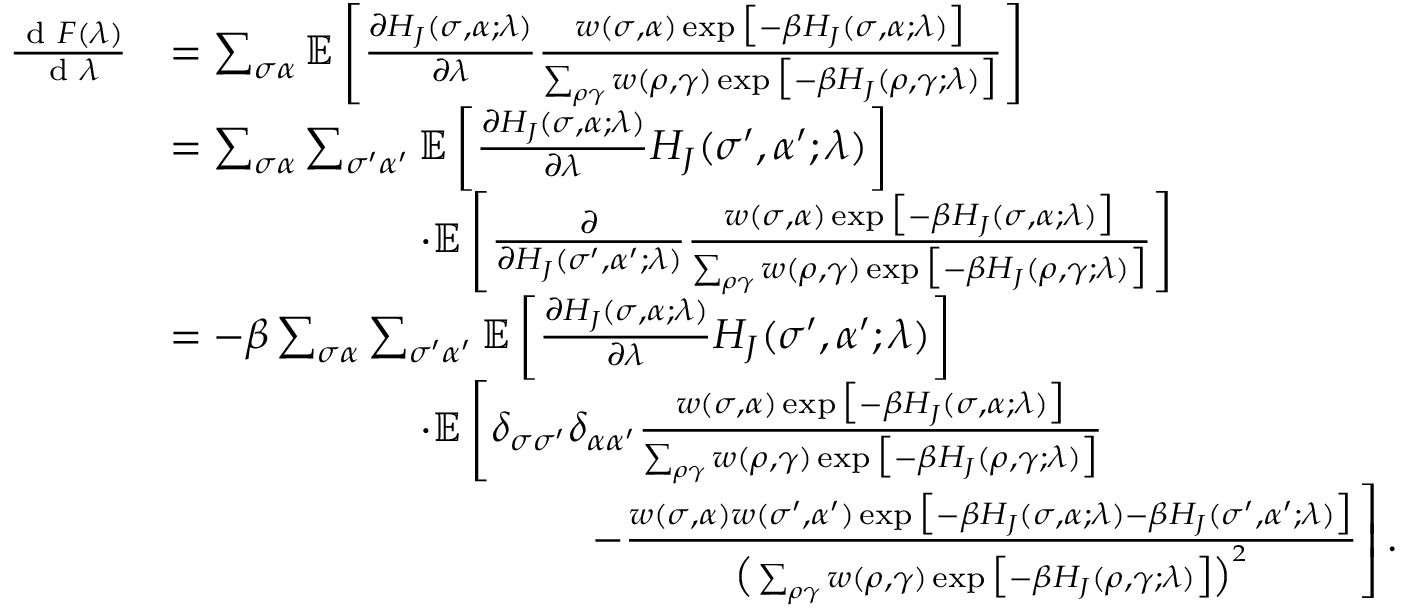
\begin{array} { r l } { \frac { \textrm { d } F ( \lambda ) } { \textrm { d } \lambda } } & { = \sum _ { \sigma \alpha } \mathbb { E } \left[ \frac { \partial H _ { J } ( \sigma , \alpha ; \lambda ) } { \partial \lambda } \frac { w ( \sigma , \alpha ) \exp { \big [ - \beta H _ { J } ( \sigma , \alpha ; \lambda ) \big ] } } { \sum _ { \rho \gamma } w ( \rho , \gamma ) \exp { \big [ - \beta H _ { J } ( \rho , \gamma ; \lambda ) \big ] } } \right] } \\ & { = \sum _ { \sigma \alpha } \sum _ { \sigma ^ { \prime } \alpha ^ { \prime } } \mathbb { E } \left[ \frac { \partial H _ { J } ( \sigma , \alpha ; \lambda ) } { \partial \lambda } H _ { J } ( \sigma ^ { \prime } , \alpha ^ { \prime } ; \lambda ) \right] } \\ & { \qquad \qquad \qquad \cdot \mathbb { E } \left[ \frac { \partial } { \partial H _ { J } ( \sigma ^ { \prime } , \alpha ^ { \prime } ; \lambda ) } \frac { w ( \sigma , \alpha ) \exp { \big [ - \beta H _ { J } ( \sigma , \alpha ; \lambda ) \big ] } } { \sum _ { \rho \gamma } w ( \rho , \gamma ) \exp { \big [ - \beta H _ { J } ( \rho , \gamma ; \lambda ) \big ] } } \right] } \\ & { = - \beta \sum _ { \sigma \alpha } \sum _ { \sigma ^ { \prime } \alpha ^ { \prime } } \mathbb { E } \left[ \frac { \partial H _ { J } ( \sigma , \alpha ; \lambda ) } { \partial \lambda } H _ { J } ( \sigma ^ { \prime } , \alpha ^ { \prime } ; \lambda ) \right] } \\ & { \qquad \qquad \qquad \cdot \mathbb { E } \left[ \delta _ { \sigma \sigma ^ { \prime } } \delta _ { \alpha \alpha ^ { \prime } } \frac { w ( \sigma , \alpha ) \exp { \big [ - \beta H _ { J } ( \sigma , \alpha ; \lambda ) \big ] } } { \sum _ { \rho \gamma } w ( \rho , \gamma ) \exp { \big [ - \beta H _ { J } ( \rho , \gamma ; \lambda ) \big ] } } \right. } \\ & { \qquad \qquad \qquad \qquad \qquad \left. - \frac { w ( \sigma , \alpha ) w ( \sigma ^ { \prime } , \alpha ^ { \prime } ) \exp { \big [ - \beta H _ { J } ( \sigma , \alpha ; \lambda ) - \beta H _ { J } ( \sigma ^ { \prime } , \alpha ^ { \prime } ; \lambda ) \big ] } } { \big ( \sum _ { \rho \gamma } w ( \rho , \gamma ) \exp { \big [ - \beta H _ { J } ( \rho , \gamma ; \lambda ) \big ] } \big ) ^ { 2 } } \right] . } \end{array}